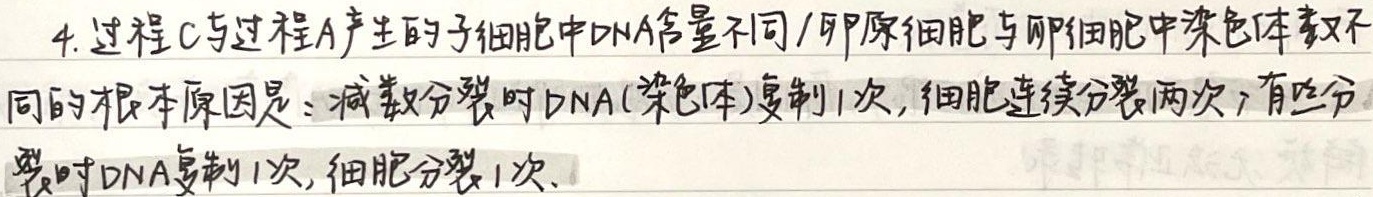
4. 过程C与过程A产生的子细胞中DNA含量不同、卵原细胞与卵细胞中染色体数不同的根本原因是：减数分裂时DNA（染色体）复制1次，细胞连续分裂两次；有丝分裂时DNA复制1次，细胞分裂1次。